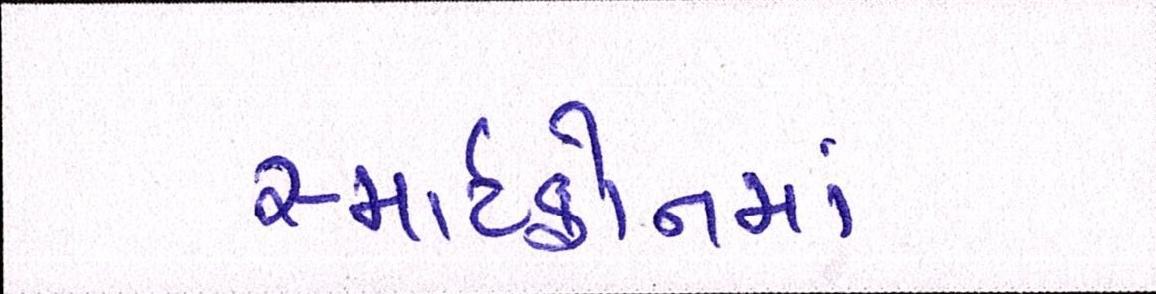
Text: સ્માર્ટફોનમાં